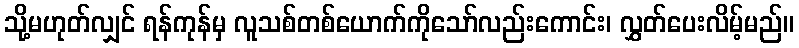
သို့မဟုတ်လျှင် ရန်ကုန်မှ လူသစ်တစ်ယောက်ကိုသော်လည်းကောင်း၊ လွှတ်ပေးလိမ့်မည်။